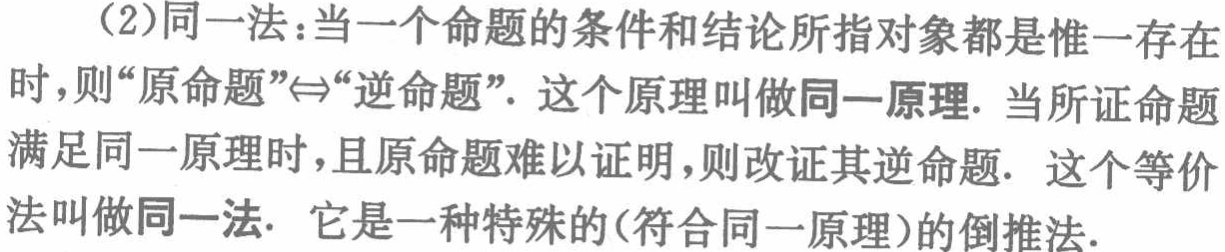
（2）同一法：当一个命题的条件和结论所指对象都是惟一存在时，则“原命题”$\Leftrightarrow$“逆命题”. 这个原理叫做同一原理. 当所证命题满足同一原理时，且原命题难以证明，则改证其逆命题. 这个等价法叫做同一法. 它是一种特殊的(符合同一原理)的倒推法.